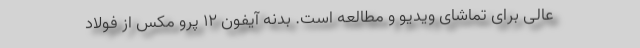
عالی برای تماشای ویدیو و مطالعه است. بدنه آیفون ۱۲ پرو مکس از فولاد